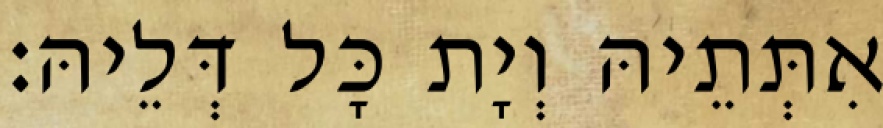
אִתְּתֵיהּ וְיָת כָּל דְּלֵיהּ׃